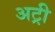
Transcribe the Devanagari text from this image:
अट्री